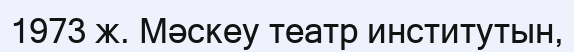
1973 ж. Мәскеу театр институтын,